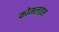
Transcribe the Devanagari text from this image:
कोमलतम